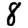
Digit: 8